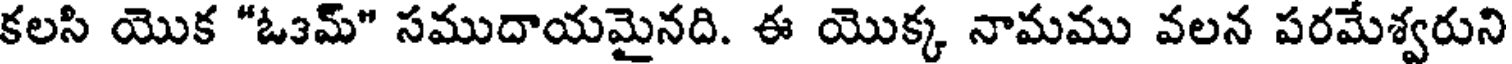
కలసి యొక "ఓ3మ్" సముదాయమైనది. ఈ యొక్క నామము వలన పరమేశ్వరుని